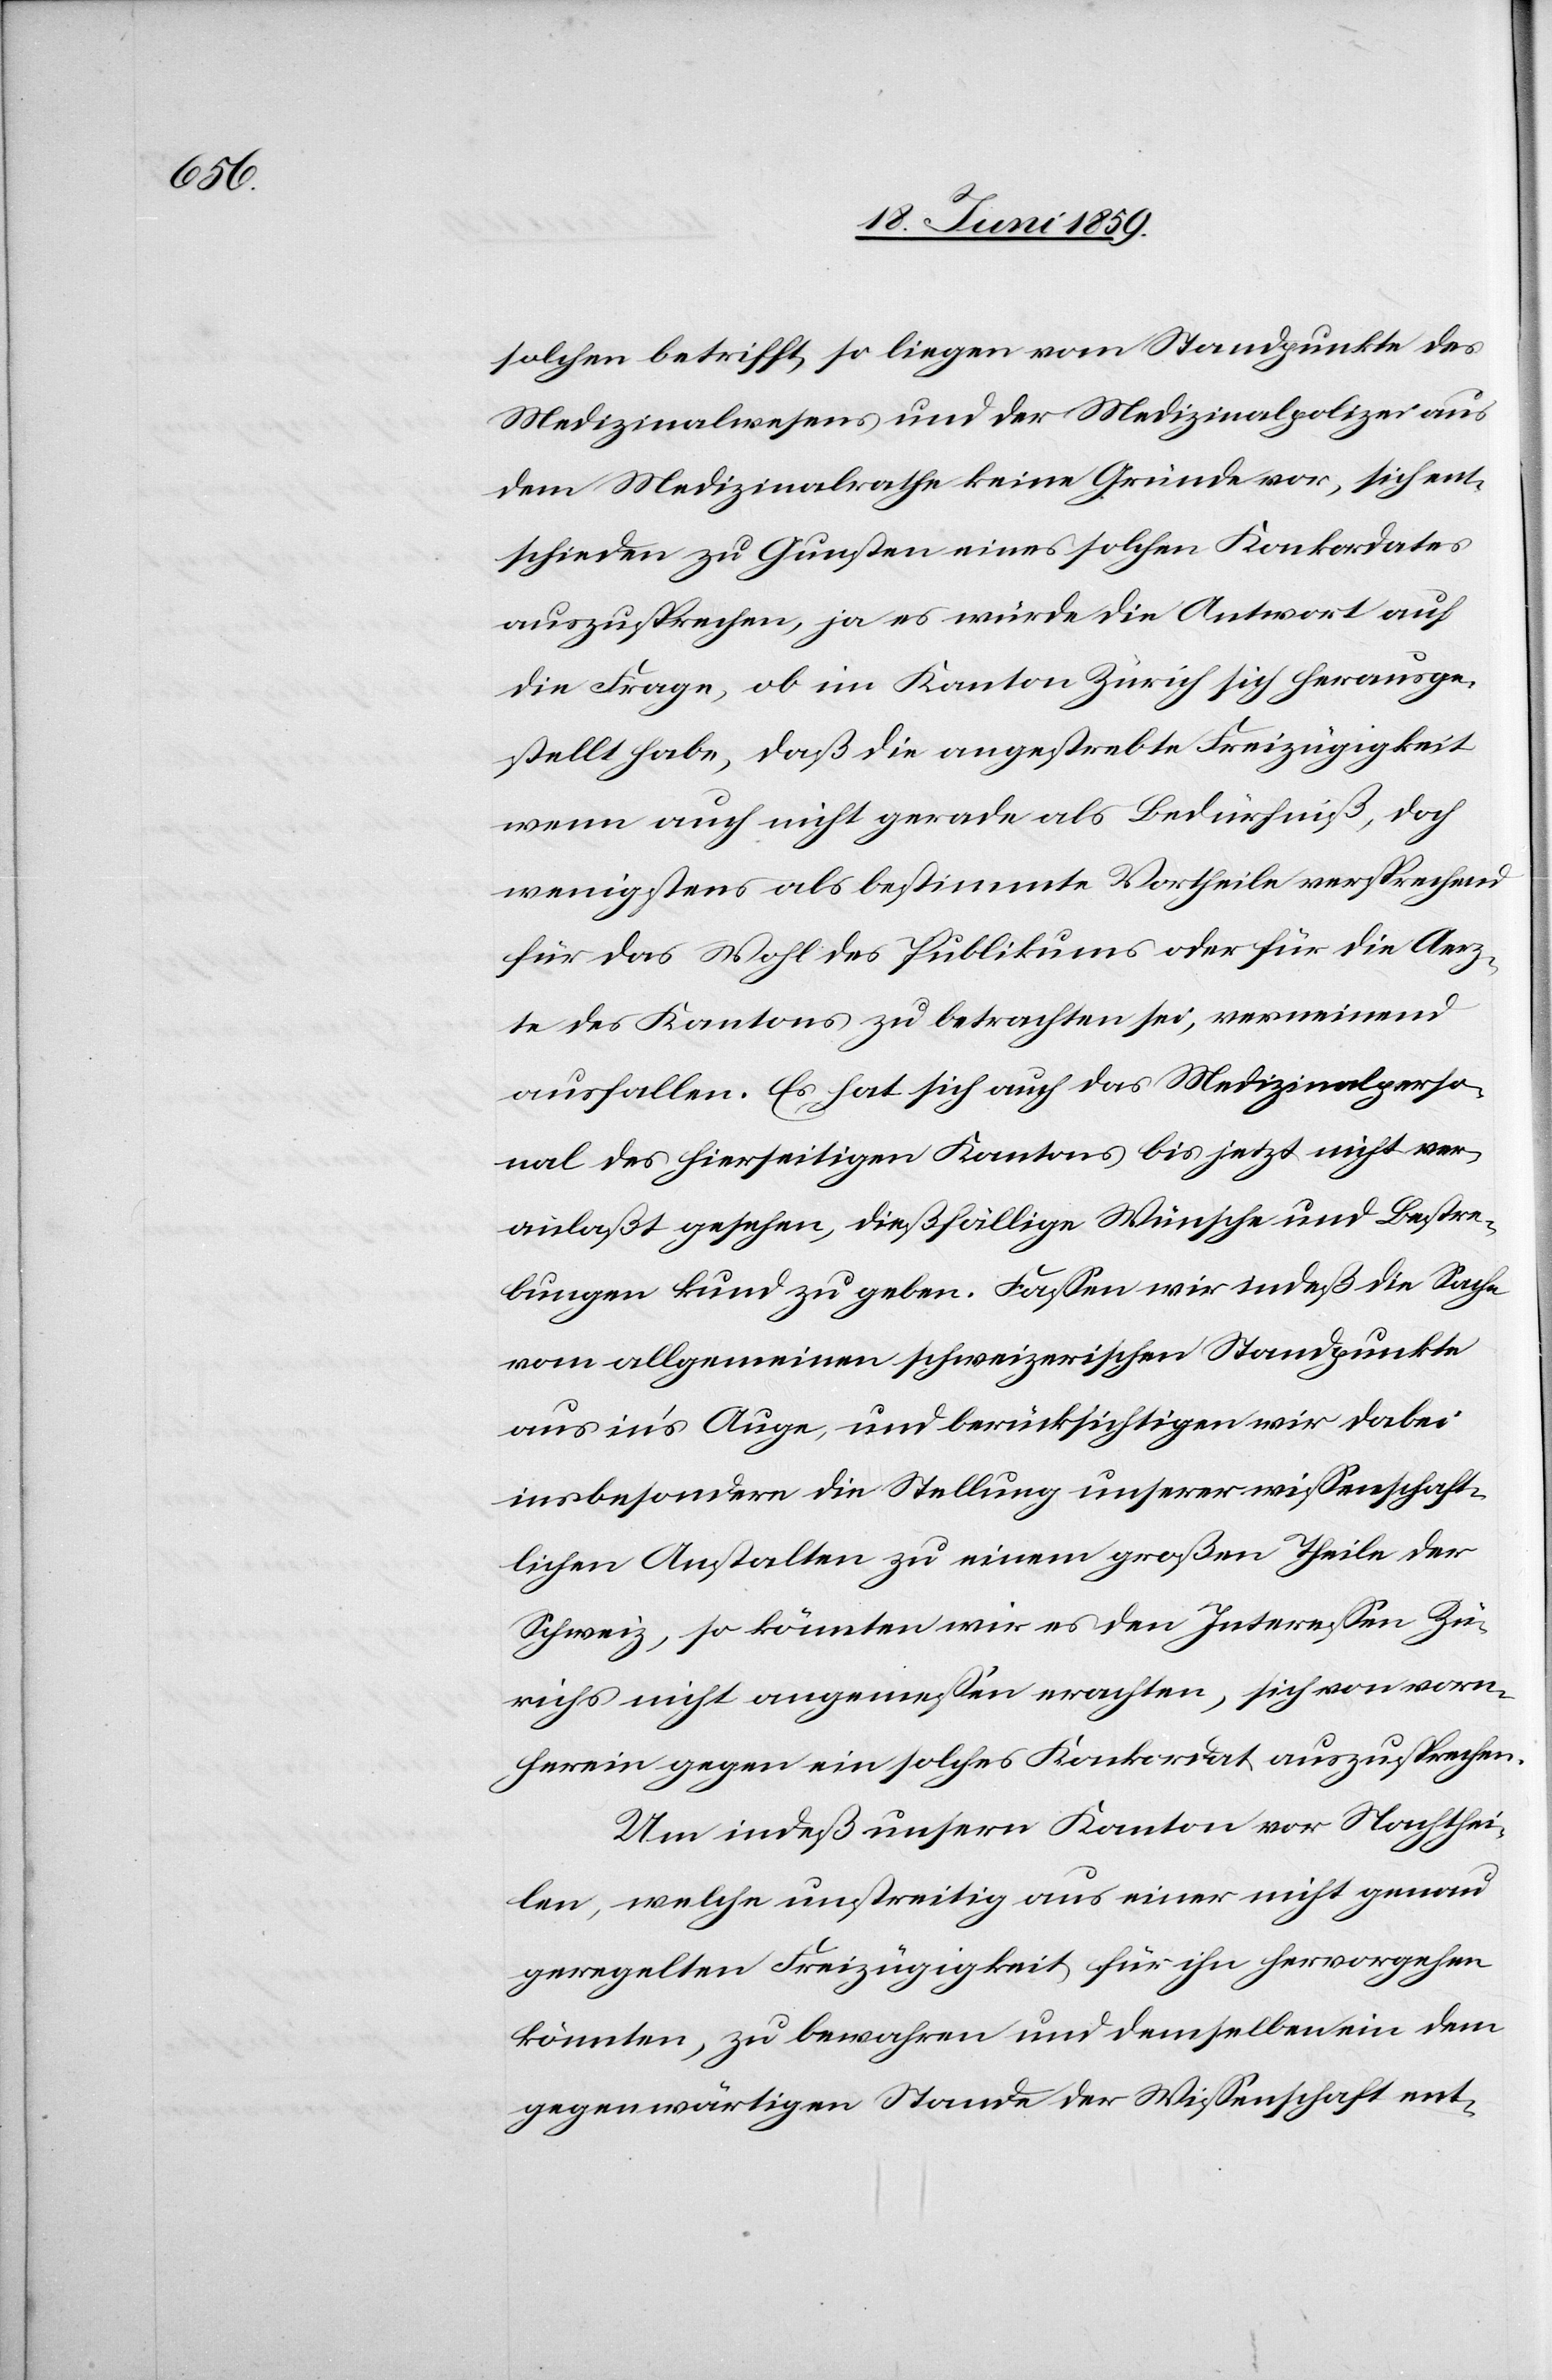
solchen betrifft, so liegen vom Standpunkte des
Medizinalwesens und der Medizinalpolizei aus
dem Medizinalrathe keine Gründe vor, sich ent¬
schieden zu Gunsten eines solchen Konkordates
auszusprechen, ja es würde die Antwort auf
die Frage, ob im Kanton Zürich sich herausge¬
stellt habe, daß die angestrebte Freizügigkeit
wenn auch nicht gerade als Bedürfniß, doch
wenigstens als bestimmte Vortheile versprechende
für das Wohl des Publikums oder für die Aerz¬
te des Kantons zu betrachten sei, verneinend
ausfallen. Es hat sich auch das Medizinalperso¬
nal des hierseitigen Kantons bis jetzt nicht ver¬
anlaßt gesehen, dießfällige Wünsche und Bestra¬
fungen kund zu geben. Fassen wir indeß die Sache
vom allgemeinen schweizerischen Standpunkte
aus in’s Auge, und berücksichtigen wir dabei
insbesondere die Stellung unserer wissenschaft¬
lichen Anstalten zu einem großen Theile der
Schweiz, so könnten wir es den Interessen Zü¬
richs nicht angemessen erachten, sich von vor¬
herein gegen ein solches Konkordat auszusprechen.
Um indeß unsern Kanton vor Nachthei¬
len, welche unstreitig aus einer nicht genau
geregelten Freizügigkeit für ihn hervorgehen
könnte, zu bewahren und demselben ein dem
gegenwärtigen Stande der Wissenschaft ent-